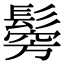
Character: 𩮇